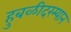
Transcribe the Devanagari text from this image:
हुबळीदरम्यान